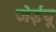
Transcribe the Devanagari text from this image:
जेईयू